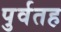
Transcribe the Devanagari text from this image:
पुर्वतह